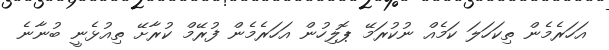
އަހަރެމެން ތިކަހަލަ ކަމެއް ނުކުރަމޭ ޕޮލިހުން އަހަރެމެން ފުރޭމް ކުރާށޭ ތިއުޅެނީ ބުނާނެ